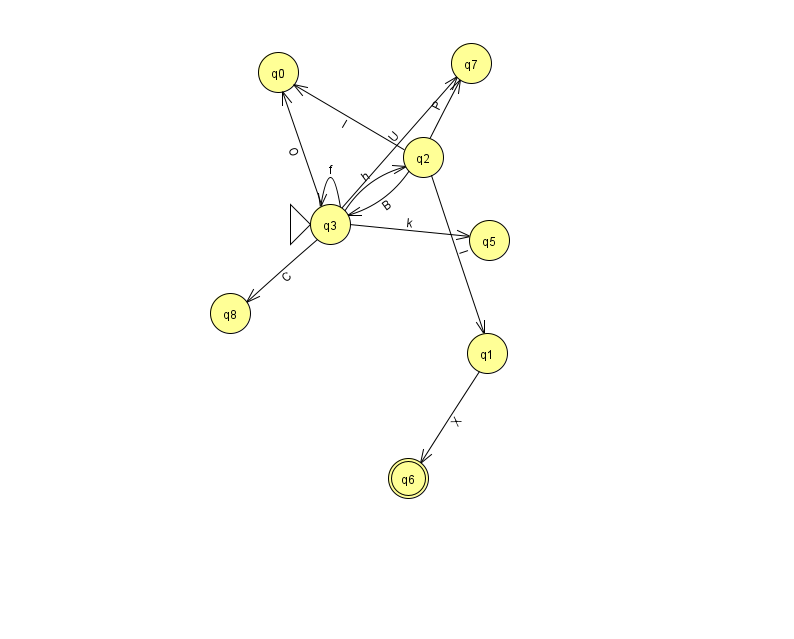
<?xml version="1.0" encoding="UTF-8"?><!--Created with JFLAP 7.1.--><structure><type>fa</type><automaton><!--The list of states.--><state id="0" name="q0"><x>278.0</x><y>59.0</y></state><state id="1" name="q1"><x>487.0</x><y>340.0</y></state><state id="2" name="q2"><x>423.0</x><y>144.0</y></state><state id="3" name="q3"><x>330.0</x><y>211.0</y><initial/></state><state id="5" name="q5"><x>489.0</x><y>227.0</y></state><state id="6" name="q6"><x>408.0</x><y>465.0</y><final/></state><state id="7" name="q7"><x>471.0</x><y>50.0</y></state><state id="8" name="q8"><x>230.0</x><y>300.0</y></state><!--The list of transitions.--><transition><from>3</from><to>3</to><read>f</read></transition><transition><from>2</from><to>3</to><read>B</read></transition><transition><from>1</from><to>6</to><read>X</read></transition><transition><from>2</from><to>1</to><read>I</read></transition><transition><from>3</from><to>5</to><read>k</read></transition><transition><from>3</from><to>8</to><read>C</read></transition><transition><from>3</from><to>0</to><read>O</read></transition><transition><from>3</from><to>2</to><read>h</read></transition><transition><from>2</from><to>0</to><read>I</read></transition><transition><from>2</from><to>7</to><read>P</read></transition><transition><from>3</from><to>7</to><read>U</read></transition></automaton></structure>